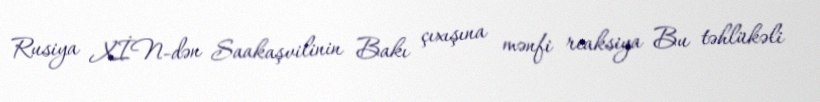
Rusiya XİN-dən Saakaşvilinin Bakı çıxışına mənfi reaksiya Bu təhlükəli